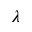
\lambda